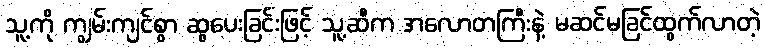
သူ့ကို ကျွမ်းကျင်စွာ ဆွပေးခြင်းဖြင့် သူ့ဆီက အလောတကြီးနဲ့ မဆင်မခြင်ထွက်လာတဲ့